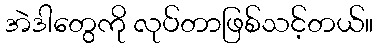
အဲဒါတွေကို လုပ်တာဖြစ်သင့်တယ်။